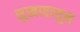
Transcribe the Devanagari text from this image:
सुखापासून